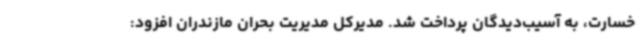
خسارت، به آسیب‌دیدگان پرداخت شد. مدیرکل مدیریت بحران مازندران افزود: